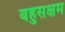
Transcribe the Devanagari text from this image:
बहुसक्षम